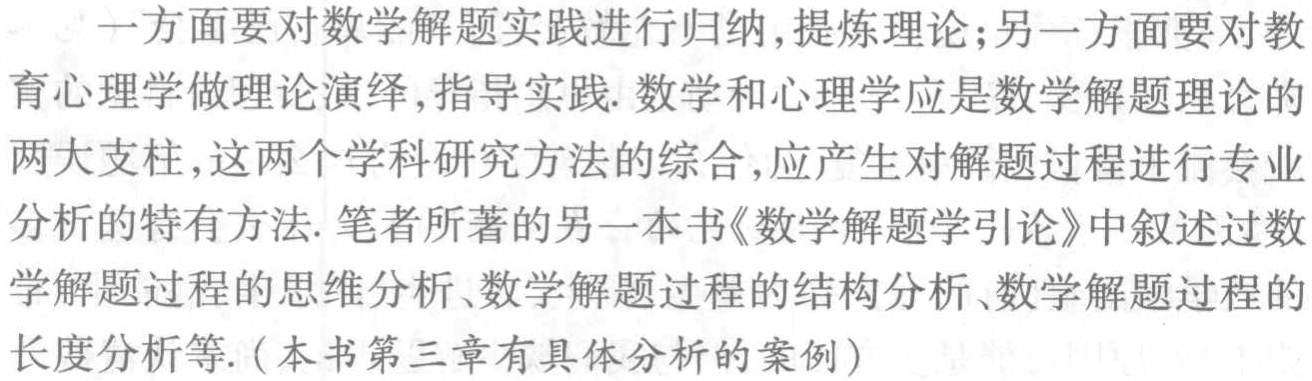
一方面要对数学解题实践进行归纳,提炼理论;另一方面要对教育心理学做理论演绎,指导实践. 数学和心理学应是数学解题理论的两大支柱,这两个学科研究方法的综合,应产生对解题过程进行专业分析的特有方法. 笔者所著的另一本书《数学解题学引论》中叙述过数学解题过程的思维分析、数学解题过程的结构分析、数学解题过程的长度分析等. (本书第三章有具体分析的案例)